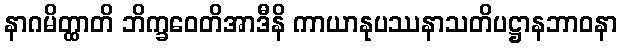
နာဂမိတ္ထာတိ ဘိက္ခဝေတိအာဒီနိ ကာယာနုပဿနာသတိပဋ္ဌာနဘာဝနာ